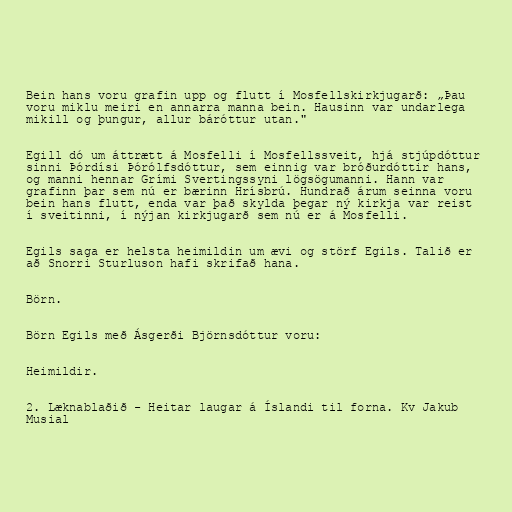
Bein hans voru grafin upp og flutt í Mosfellskirkjugarð: „Þau
voru miklu meiri en annarra manna bein. Hausinn var undarlega
mikill og þungur, allur báróttur utan."

Egill dó um áttrætt á Mosfelli í Mosfellssveit, hjá stjúpdóttur
sinni Þórdísi Þórólfsdóttur, sem einnig var bróðurdóttir hans,
og manni hennar Grími Svertingssyni lögsögumanni. Hann var
grafinn þar sem nú er bærinn Hrísbrú. Hundrað árum seinna voru
bein hans flutt, enda var það skylda þegar ný kirkja var reist
í sveitinni, í nýjan kirkjugarð sem nú er á Mosfelli.

Egils saga er helsta heimildin um ævi og störf Egils. Talið er
að Snorri Sturluson hafi skrifað hana.

Börn.

Börn Egils með Ásgerði Björnsdóttur voru:

Heimildir.

2. Læknablaðið - Heitar laugar á Íslandi til forna. Kv Jakub
Musial